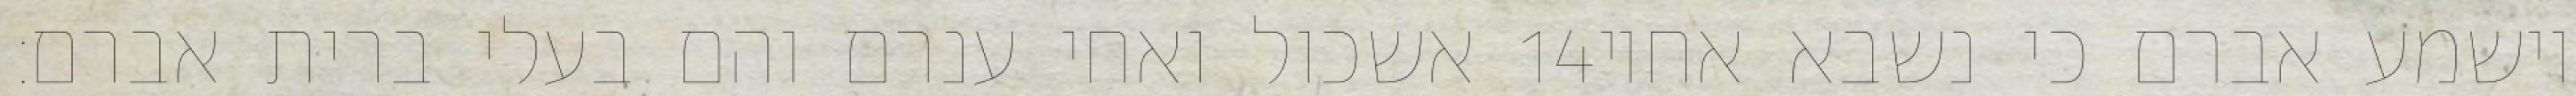
אשכול ואחי ענרם והם בעלי ברית אברם׃ ‎14‏ וישמע אברם כי נשבא אחיו